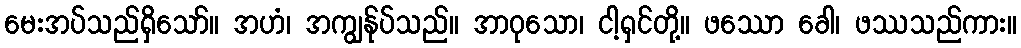
မေးအပ်သည်ရှိသော်။ အဟံ၊ အကျွန်ုပ်သည်။ အာဝုသော၊ ငါ့ရှင်တို့။ ဖဿော ခေါ၊ ဖဿသည်ကား။